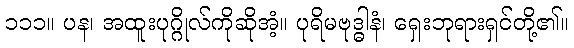
၁၁၁။ ပန၊ အထူးပုဂ္ဂိုလ်ကိုဆိုအံ့။ ပုရိမဗုဒ္ဓါနံ၊ ရှေးဘုရားရှင်တို့၏။